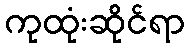
ကုထုံးဆိုင်ရာ